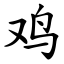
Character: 鸡